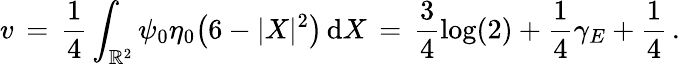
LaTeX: v\, =\, \frac{1}{4}\int_{\mathbb{R}^{2}}\psi_{0}\eta_{0}\bigl(6-|X|^{2}\bigr)\, \mathrm{d}X\, =\, \frac{3}{4}\log(2)+\frac{1}{4}\gamma_{E}+\frac{1}{4}\, .